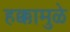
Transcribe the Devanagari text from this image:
हक्कामुळे